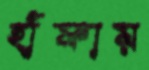
হাঁফায়